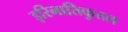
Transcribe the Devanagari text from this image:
इरिनातिकुतल